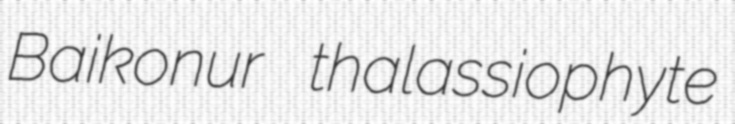
Baikonur thalassiophyte